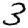
Digit: 3